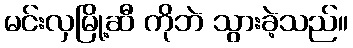
မင်းလှမြို့ဆီ ကိုဘဲ သွားခဲ့သည်။